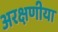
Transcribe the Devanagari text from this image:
अरक्षणीया